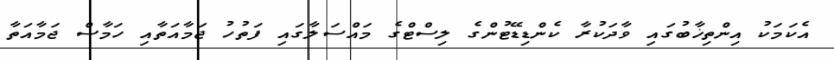
އެކަމަކު އިންތިޚާބުގައި ވާދަކުރާ ކެންޑިޑޭޓުންގެ ލިސްޓްގެ މައްސަލާގައި ފަތުހު ޖަމާއަތާއި ހަމާސް ޖަމާއަތާ